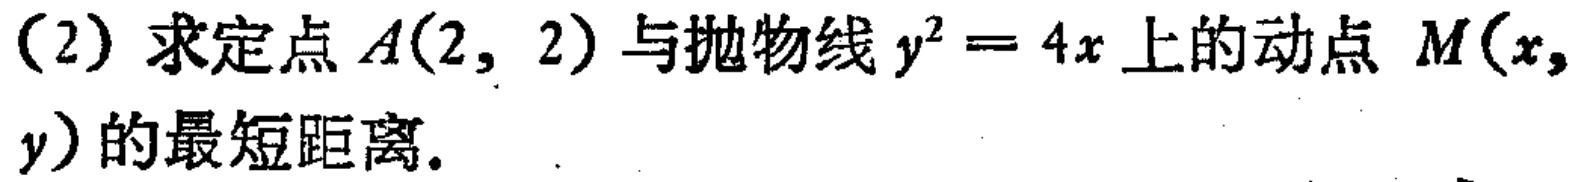
(2) 求定点 \(A(2,2)\) 与抛物线 \(y^{2}=4x\) 上的动点 \(M(x,y)\) 的最短距离.